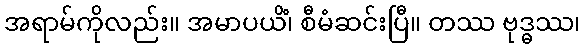
အရာမ်ကိုလည်း။ အမာပယိံ၊ စီမံဆင်းပြီ။ တဿ ဗုဒ္ဓဿ၊